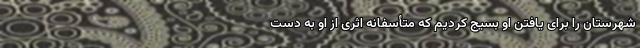
شهرستان را برای یافتن او بسیج کردیم که متأسفانه اثری از او به دست